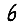
Digit: 6